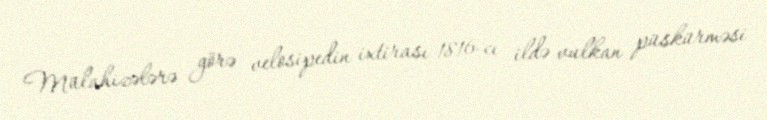
Mülahizələrə görə velosipedin ixtirası 1816-cı ildə vulkan püskürməsi